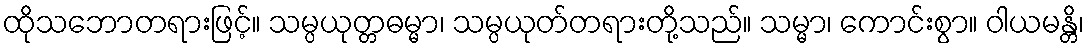
ထိုသဘောတရားဖြင့်။ သမ္ပယုတ္တဓမ္မာ၊ သမ္ပယုတ်တရားတို့သည်။ သမ္မာ၊ ကောင်းစွာ။ ဝါယမန္တိ၊